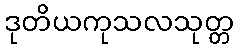
ဒုတိယကုသလသုတ္တ